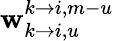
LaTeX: \mathbf{w}_{k\rightarrow i,u}^{k\rightarrow i,m-u}